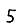
Digit: 5